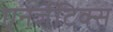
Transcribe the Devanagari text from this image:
एनर्जेटिक्स